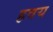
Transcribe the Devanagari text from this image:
हवय